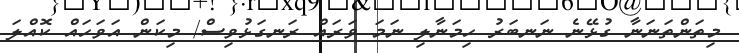
މިތަންތަނަނާ ގުޅޭނެ ނަނބަރު ހިމަނާލި ނަމަ ވަރައް ރަނގަޅުވިސް/ މިކަން އަވަހައް ކޮއްލަ